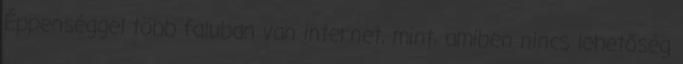
Éppenséggel több faluban van internet, mint, amiben nincs lehetőség